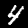
Label: 4